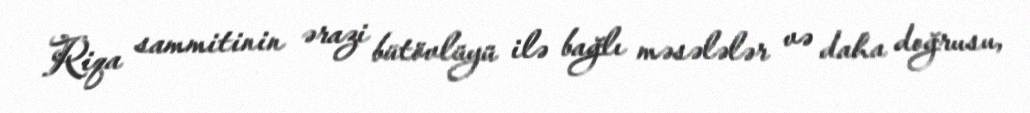
Riqa sammitinin ərazi bütövlüyü ilə bağlı məsələlər və daha doğrusu,